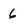
Character: 6